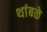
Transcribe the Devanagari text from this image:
थांबळे